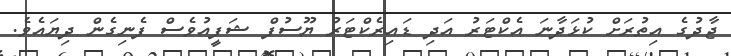
ޖާދުގެ އިތުރަށް ކުޅަދާނަ އެކްޓަރު އަދި ޑައިރެކްޓަރު ޔޫސުފް ޝަފީއުވެސް ފެނިގެން ދިޔައެވެ.